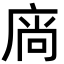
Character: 𢉒